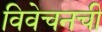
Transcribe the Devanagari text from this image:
विवेचनची